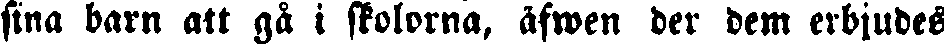
sina barn att gå i skolorna, äfwen der dem erbjudes